Report on vaccination in Madras 1877-1894 - 1877-1894
Year: 1877
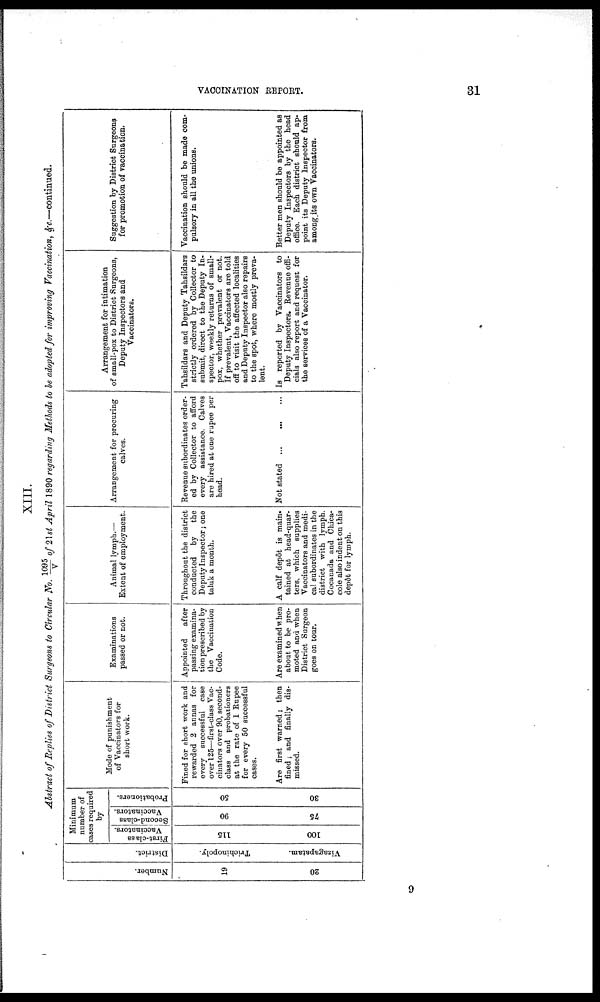
VACCINATION REPORT.
31
XIII.
Abstract of Replies of District Surgeons to Circular No. 1095/V of 21st April 1890 regarding Methods to be adopted for improving Vaccination, &c.—continued.
Number.
19
20
District.
Trichinopoly.
Vizagapatam.
Minimum
number of
cases required
by
First-class
Vaccinators.
115
100
Second-class
Vaccinators.
90
75
Probationers.
50
30
Mode of punishment
of Vaccinators for
short work.
Fined for short work and
rewarded 2 annas for
every successful case
over 125—first-class Vac-
cinators over 90, second-
class and probationers
at the rate of 1 Rupee
for every 50 successful
cases.
Are first warned; then
fined; and finally dis-
missed.
Examinations
passed or not.
Appointed
after
passing examina-
tion prescribed by
the Vaccination
Code.
Are examined when
about to be pro-
moted and when
District Surgeon
goes on tour.
Animal lymph.—
Extent of employment.
Throughout the district
conducted by the
Deputy Inspector; one
taluk a month.
A calf depot is main¬
tained at head-quar-
ters, which supplies
Vaccinators and medi-
cal subordinates in the
district with lymph.
Cocanada and Chica¬
cole also indent on this
depôt for lymph.
Arrangement for procuring
calves.
Revenue subordinates order-
ed by Collector to afford
every assistance. Calves
are hired at one rupee per
head.
Not stated
Arrangement for intimation
of small-pox to District Surgeons,
Deputy Inspectors and
Vaccinators.
Tahsildars and Deputy Tahsildars
strictly ordered by Collector to
submit, direct to the Deputy In-
spector, weekly returns of small-
pox, whether prevalent or not.
If prevalent, Vaccinators are told
off to visit the affected localities
and Deputy Inspector also repairs
to the spot, where mostly preva-
lent.
Is reported by Vaccinators to
Deputy Inspectors. Revenue offi-
cials also report and request for
the services of a Vaccinator.
Suggestion by District Surgeons
for promotion of vaccination.
Vaccination should be made com-
pulsory in all the unions.
Better men should be appointed as
Deputy Inspectors by the head
office. Each district should ap-
point its Deputy Inspector from
among its own Vaccinators.
9